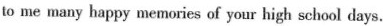
to me many happy memories of your high school days.